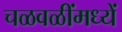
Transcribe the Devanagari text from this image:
चळवळींमध्यें